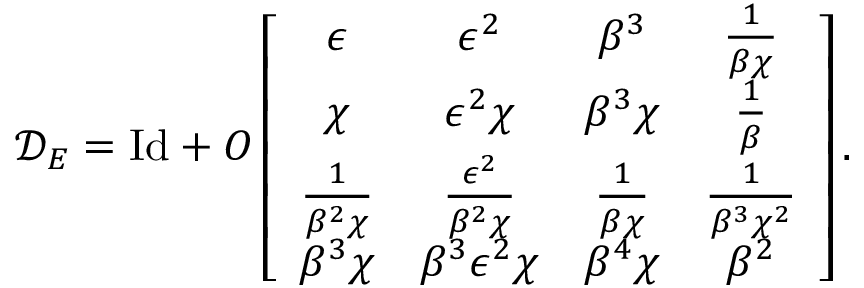
\mathcal { D } _ { E } = \mathrm { I d } + O \left[ \begin{array} { c c c c } { \epsilon } & { \epsilon ^ { 2 } } & { \beta ^ { 3 } } & { \frac { 1 } { \beta \chi } } \\ { \chi } & { \epsilon ^ { 2 } \chi } & { \beta ^ { 3 } \chi } & { \frac { 1 } { \beta } } \\ { \frac { 1 } { \beta ^ { 2 } \chi } } & { \frac { \epsilon ^ { 2 } } { \beta ^ { 2 } \chi } } & { \frac { 1 } { \beta \chi } } & { \frac { 1 } { \beta ^ { 3 } \chi ^ { 2 } } } \\ { \beta ^ { 3 } \chi } & { \beta ^ { 3 } \epsilon ^ { 2 } \chi } & { \beta ^ { 4 } \chi } & { \beta ^ { 2 } } \end{array} \right] .